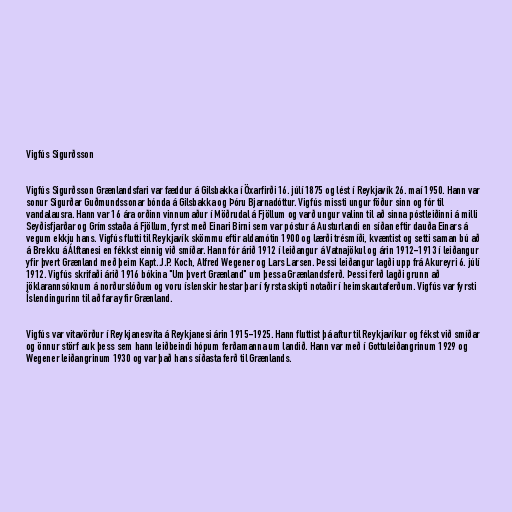
Vigfús Sigurðsson

Vigfús Sigurðsson Grænlandsfari var fæddur á Gilsbakka í Öxarfirði 16. júlí 1875 og lést í Reykjavík 26. maí 1950. Hann var
sonur Sigurðar Guðmundssonar bónda á Gilsbakka og Þóru Bjarnadóttur. Vigfús missti ungur föður sinn og fór til
vandalausra. Hann var 16 ára orðinn vinnumaður í Möðrudal á Fjöllum og varð ungur valinn til að sinna póstleiðinni á milli
Seyðisfjarðar og Grímsstaða á Fjöllum, fyrst með Einari Birni sem var póstur á Austurlandi en síðan eftir dauða Einars á
vegum ekkju hans. Vigfús flutti til Reykjavík skömmu eftir aldamótin 1900 og lærði trésmíði, kvæntist og setti saman bú að
á Brekku á Álftanesi en fékkst einnig við smíðar. Hann fór árið 1912 í leiðangur á Vatnajökul og árin 1912-1913 í leiðangur
yfir þvert Grænland með þeim Kapt. J.P. Koch, Alfred Wegener og Lars Larsen. Þessi leiðangur lagði upp frá Akureyri 6. júlí
1912. Vigfús skrifaði árið 1916 bókina "Um þvert Grænland" um þessa Grænlandsferð. Þessi ferð lagði grunn að
jöklarannsóknum á norðurslóðum og voru íslenskir hestar þar í fyrsta skipti notaðir í heimskautaferðum. Vigfús var fyrsti
Íslendingurinn til að fara yfir Grænland.

Vigfús var vitavörður í Reykjanesvita á Reykjanesi árin 1915-1925. Hann fluttist þá aftur til Reykjavíkur og fékst við smíðar
og önnur störf auk þess sem hann leiðbeindi hópum ferðamanna um landið. Hann var með í Gottuleiðangrinum 1929 og
Wegener leiðangrinum 1930 og var það hans síðasta ferð til Grænlands.